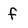
Character: f